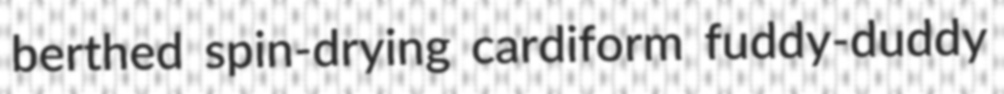
berthed spin-drying cardiform fuddy-duddy